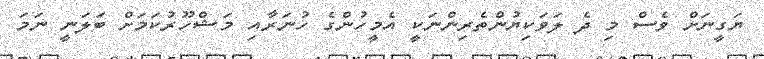
ޔަގީނަށް ވެސް މި ދެ ލަވަކިޔުންތެރިންނަކީ އެމީހުންގެ ހުނަރާއި މަޝްހޫރުކަމަށް ބަލަނީ ނަމަ